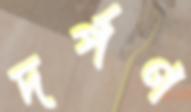
দর্পণ